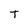
Character: T